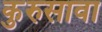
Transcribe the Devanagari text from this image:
कुरुसावा